Annual administration report of the Civil Veterinary Department of India - 1896-1897
Year: 1896
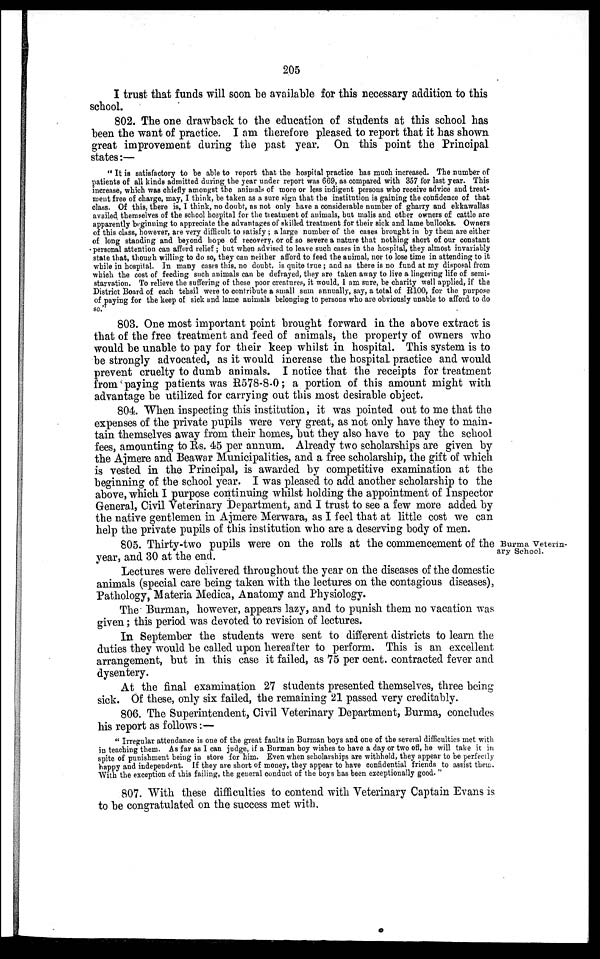
205
I trust that funds will soon be available for this necessary addition to this
school.
802. The one drawback to the education of students at this school has
been the want of practice. I am therefore pleased to report that it has shown
great improvement during the past year. On this point the Principal
states:—
"It is satisfactory to be able to report that the hospital practice has much increased. The number of
patients of all kinds admitted during the year under report was 669, as compared with 357 for last year. This
increase, which was chiefly amongst the animals of more or less indigent persons who receive advice and treat-
ment free of charge, may, I think, be taken as a sure sign that the institution is gaining the confidence of that
class. Of this, there is, I think, no doubt, as not only have a considerable number of gharry and ekkawallas
availed themselves of the school hospital for the treatment of animals, but malis and other owners of cattle are
apparently beginning to appreciate the advantages of skilled treatment for their sick and lame bullocks. Owners
of this class, however, are very difficult to satisfy; a large number of the cases brought in by them are either
of long standing and beyond hope of recovery, or of so severe a nature that nothing short of our constant
personal attention can afford relief; but when advised to leave such cases in the hospital, they almost invariably
state that, though willing to do so, they can neither afford to feed the animal, nor to lose time in attending to it
while in hospital. In many cases this, no doubt, is quite true; and as there is no fund at my disposal from
which the cost of feeding such animals can be defrayed, they are taken away to live a lingering life of semi-
starvation. To relieve the suffering of these poor creatures, it would, I am sure, be charity well applied, if the
District Board of each tehsil were to contribute a small sum annually, say, a total of R100, for the purpose
of paying for the keep of sick and lame animals belonging to persons who are obviously unable to afford to do
so."
803. One most important point brought forward in the above extract is
that of the free treatment and feed of animals, the property of owners who
would be unable to pay for their keep whilst in hospital. This system is to
be strongly advocated, as it would increase the hospital practice and would
prevent cruelty to dumb animals. I notice that the receipts for treatment
from paying patients was R578-8-0 ; a portion of this amount might with
advantage be utilized for carrying out this most desirable object.
804. When inspecting this institution, it was pointed out to me that the
expenses of the private pupils were very great, as not only have they to main-
tain themselves away from their homes, but they also have to pay the school
fees, amounting to Rs. 45 per annum. Already two scholarships are given by
the Ajmere and Beawar Municipalities, and a free scholarship, the gift of which
is vested in the Principal, is awarded by competitive examination at the
beginning of the school year. I was pleased to add another scholarship to the
above, which I purpose continuing whilst holding the appointment of Inspector
General, Civil Veterinary Department, and I trust to see a few more added by
the native gentlemen in Ajmere Merwara, as I feel that at little cost we can
help the private pupils of this institution who are a deserving body of men.
Burma Veterin-
ary School.
805. Thirty-two pupils were on the rolls at the commencement of the
year, and 30 at the end.
Lectures were delivered throughout the year on the diseases of the domestic
animals (special care being taken with the lectures on the contagious diseases),
Pathology, Materia Medica, Anatomy and Physiology.
The Burman, however, appears lazy, and to punish them no vacation was
given; this period was devoted to revision of lectures.
In September the students were sent to different districts to learn the
duties they would be called upon hereafter to perform. This is an excellent
arrangement, but in this case it failed, as 75 per cent. contracted fever and
dysentery.
At the final examination 27 students presented themselves, three being
sick. Of these, only six failed, the remaining 21 passed very creditably.
806. The Superintendent, Civil Veterinary Department, Burma, concludes
his report as follows :—
" Irregular attendance is one of the great faults in Burman boys and one of the several difficulties met with
in teaching them. As far as I can judge, if a Burman boy wishes to have a day or two off, he will take it in
spite of punishment being in store for him. Even when scholarships are withheld, they appear to be perfectly
happy and independent. If they are short of money, they appear to have confidential friends to assist them.
With the exception of this failing, the general conduct of the boys has been exceptionally good."
807. With these difficulties to contend with Veterinary Captain Evans is
to be congratulated on the success met with.